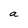
Character: a